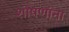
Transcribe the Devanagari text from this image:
शोषणांना